Some observations on the morphology and mechanism of the parts in the orthorrapha - Number 58
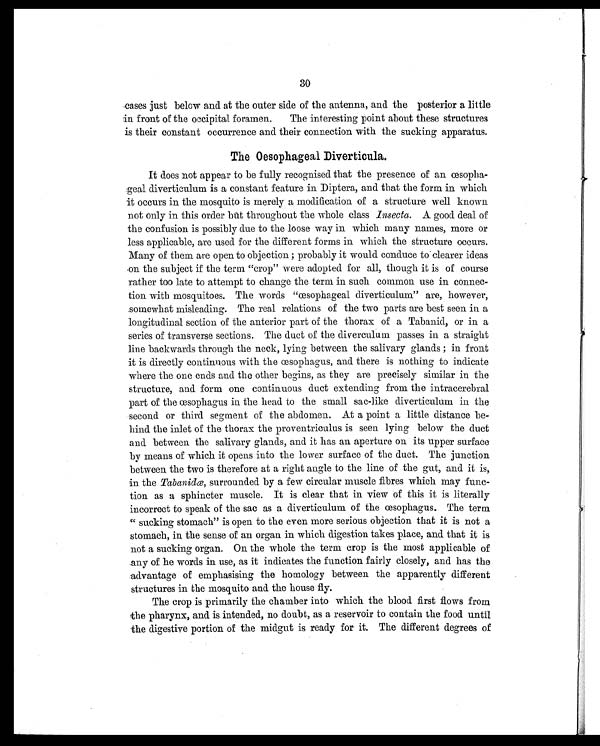
30
cases just below and at the outer side of the antenna, and the posterior a little
in front of the occipital foramen. The interesting point about these structures
is their constant occurrence and their connection with the sucking apparatus.
The Oesophageal Diverticula.
It does not appear to be fully recognised that the presence of an œsopha-
geal diverticulum is a constant feature in Diptera, and that the form in which
it occurs in the mosquito is merely a modification of a structure well known
not only in this order but throughout the whole class Insecta. A good deal of
the confusion is possibly clue to the loose way in which many names, more or
less applicable, are used for the different forms in which the structure occurs.
Many of them are open to objection ; probably it would conduce to clearer ideas
on the subject if the term "crop" were adopted for all, though it is of course
rather too late to attempt to change the term in such common use in connec-
tion with mosquitoes. The words "œsophageal diverticulum" are, however,
somewhat misleading. The real relations of the two parts are best seen in a
longitudinal section of the anterior part of the thorax of a Tabanid, or in a
series of transverse sections. The duct of the diverculum passes in a straight
line backwards through the neck, lying between the salivary glands ; in front
it is directly continuous with the œsophagus, and there is nothing to indicate
where the one ends and the other begins, as they are precisely similar in the
structure, and form one continuous duct extending from the intracerebral
part of the œsophagus in the head to the small sac-like diverticulum in the
second or third segment of the abdomen. At a point a little distance be-
hind the inlet of the thorax the proventriculus is seen lying below the duct
and between the salivary glands, and it has an aperture on its upper surface
by means of which it opens into the lower surface of the duct. The junction
between the two is therefore at a right angle to the line of the gut, and it is,
in the Tabanidœ, surrounded by a few circular muscle fibres which may func-
tion as a sphincter muscle. It is clear that in view of this it is literally
incorrect to speak of the sac as a diverticulum of the œsophagus. The term
" sucking stomach" is open to the even more serious objection that it is not a
stomach, in the sense of an organ in which digestion takes place, and that it is
not a sucking organ. On the whole the term crop is the most applicable of
any of he words in use, as it indicates the function fairly closely, and has the
advantage of emphasising the homology between the apparently different
structures in the mosquito and the house fly.
The crop is primarily the chamber into which the blood first flows from
the pharynx, and is intended, no doubt, as a reservoir to contain the food until
the digestive portion of the midgut is ready for it. The different degrees of